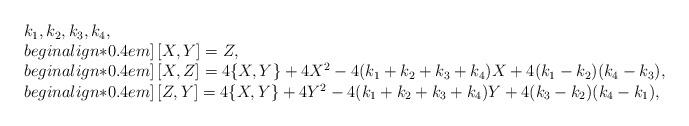
LaTeX: \begin{align*}\begin{array}{l} k_1,k_2,k_3,k_4,\\begin{align*}0.4em] \left[X,Y\right]=Z,\\begin{align*}0.4em] \left[X,Z\right]=4\{X,Y\}+4X^2-4(k_1+k_2+k_3+k_4)X+4(k_1-k_2)(k_4-k_3),\\begin{align*}0.4em] \left[Z,Y\right]=4\{X,Y\}+4Y^2-4(k_1+k_2+k_3+k_4)Y+4(k_3-k_2)(k_4-k_1),\end{array}\end{align*}